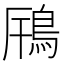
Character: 𩿫